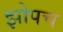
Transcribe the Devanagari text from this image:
झोपच